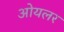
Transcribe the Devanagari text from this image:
ओयलर